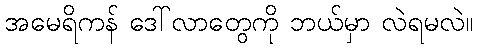
အမေရိကန် ဒေါ်လာတွေကို ဘယ်မှာ လဲရမလဲ။